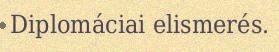
Diplomáciai elismerés.